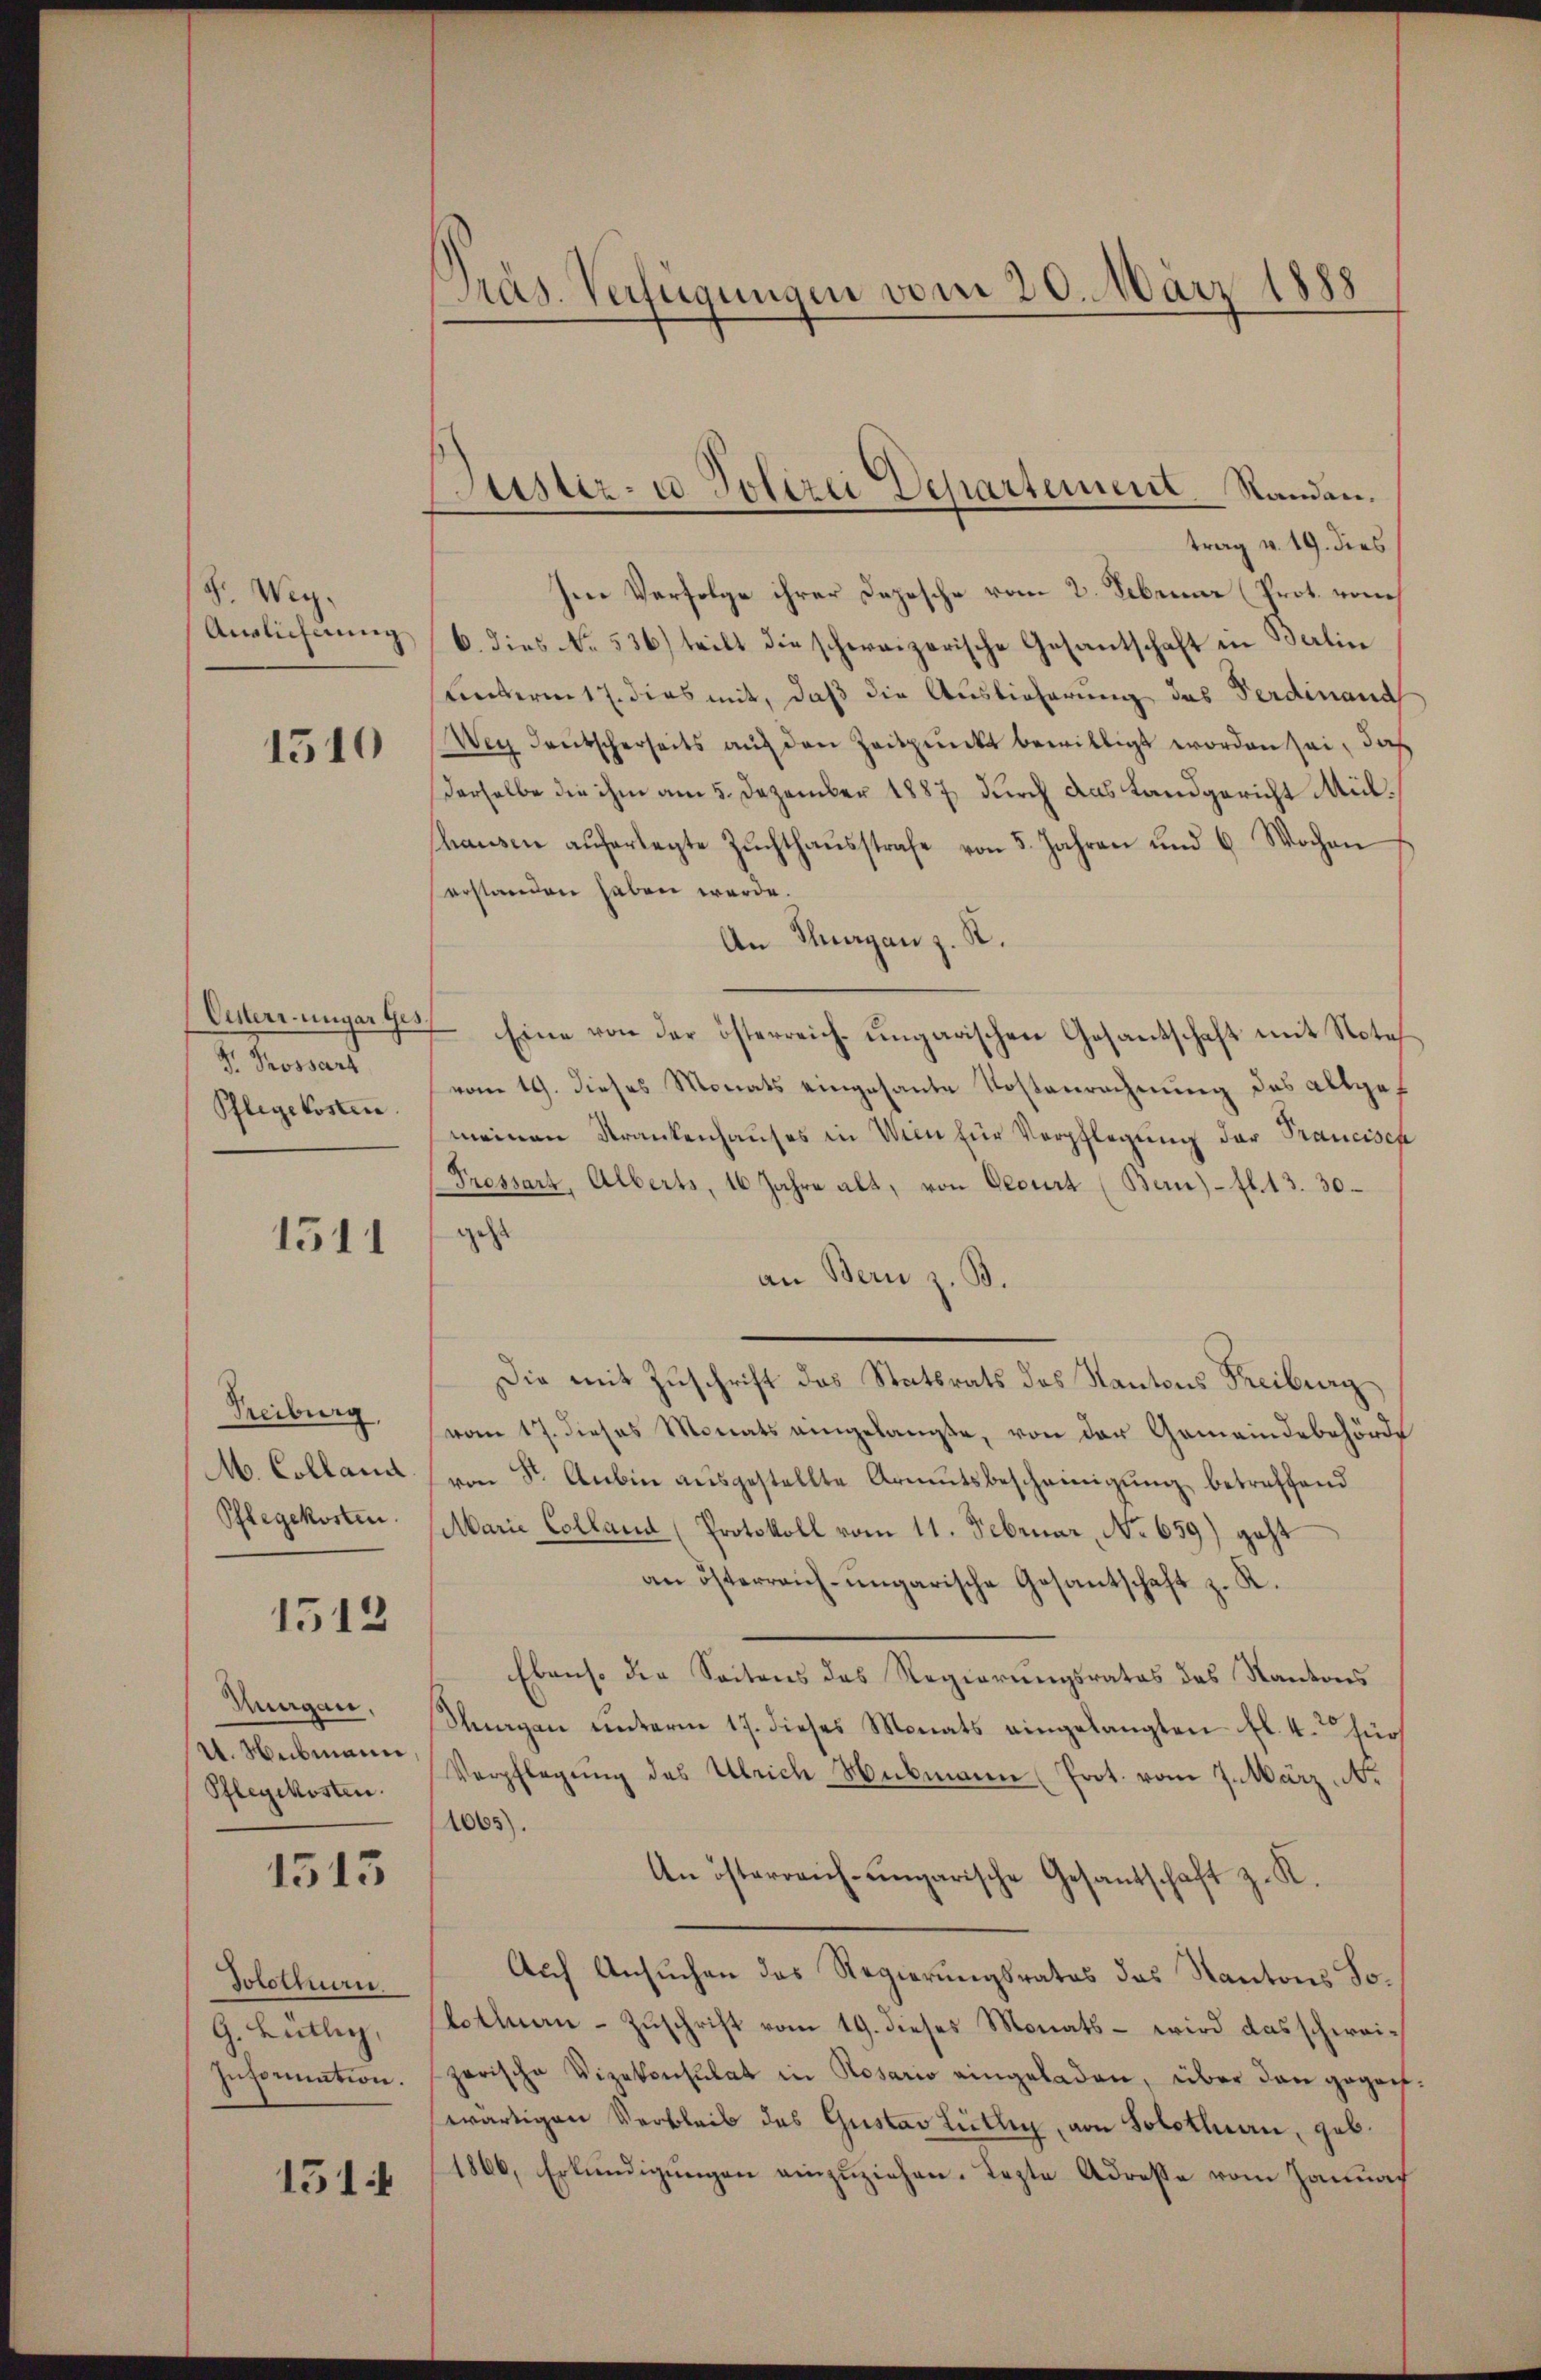
8. Weg.
Auslichnung

1510

Cisterr. ungar Ges.
 Prossarz
Pflegekosten

1511

Treiburg.
M. Colland
Pflegekosten

1512

Margau,
U. Hubmann
Pflegekosten.

1513

Solothurn.
G. Lütlig,
Information.

151.

Präs. Verfügungen vom 20. März 1888

Justiz- u. Polizei Departement. Standen.

trag v. 19. dies
Im Verfolge ihrer Depesche vom 2. Februar (Prot. von
6. dies No. 536) teilt die schweizerische Gesantschaft in Balin
uinterm 17. dies mit, daß die Auslieferung das Verdinand
Weg deutscherseits auf den Zeitpunkt bewilligt worden sei, daß
derselbe die ihm am 5. Dezember 1887 durch das Landgericht Mülhausen auferlegte Zuchthausstrafe von 5. Jahren und 6 Wochen
erstanden haben werde.
An Plagan z. R.
Eine von der österreich-ungarischen Gesantschaft mit Notes
vom 19. dieses Monats eingesante Kostenrechnung des allgemeinen Krankenhauses in Wien für Verpflegung der Francisch
Trossart, Alberts, 16 Jahre alt, von Oecurs (Bern) - fl. 13. 30.
jetzt
an Bern z. B.
Die mit Zuschrift das Statsrats des Kantons Freiburg
vom 17. dieses Monats eingelangte, von der Gemeindebehörde
von Sr. Anbin ausgestellte Armutsbescheinigung betreffend
Marie Colland (Protokoll vom 11. Februar, No 659) geht
an österreich-ungarische Gesantschaft z. R.
Ebenso die Seitens des Regierungsrates des Kantons
Thurgau unterm 17. dieses Monats eingelangten fl. 4. für
Verpflegung des Ulrich Hubmann Prot. vom 7. März
1065).
An österreich-ungarische Gesandschaft z. K.
Auch Ansuchen das Regierungsrates das Kantons So¬
Cottnau-Zuschrift vom 19. dieses Monats – wird das schweizerische Vizekonsulat in Rosario eingeladen, über den gegen
wärtigen Verbleib des Gustav Lütli, von Solothurn, geb.
1866, Erkundigungen einzuziehen. Lezte Adresse vom Januar